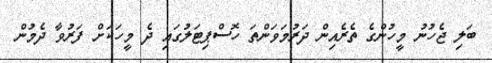
ބަލި ޖެހުނު މީހުންގެ ތެރެއިން ދަރުމަވަންތަ ހޮސްޕިޓަލުގައި ދެ މީހަކަށް ފަރުވާ ދެމުން